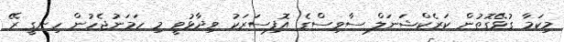
މިކަމާ ގުޅޭގޮތުން ކަރެކްޝަނަލް ސާވިސްގެ އޮފިސަރަކު ވިދާޅުވީ މި ހަމަނުޖެހުން ހިނގީ ރޭ